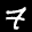
Label: 7